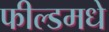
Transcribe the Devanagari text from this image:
फील्डमधे